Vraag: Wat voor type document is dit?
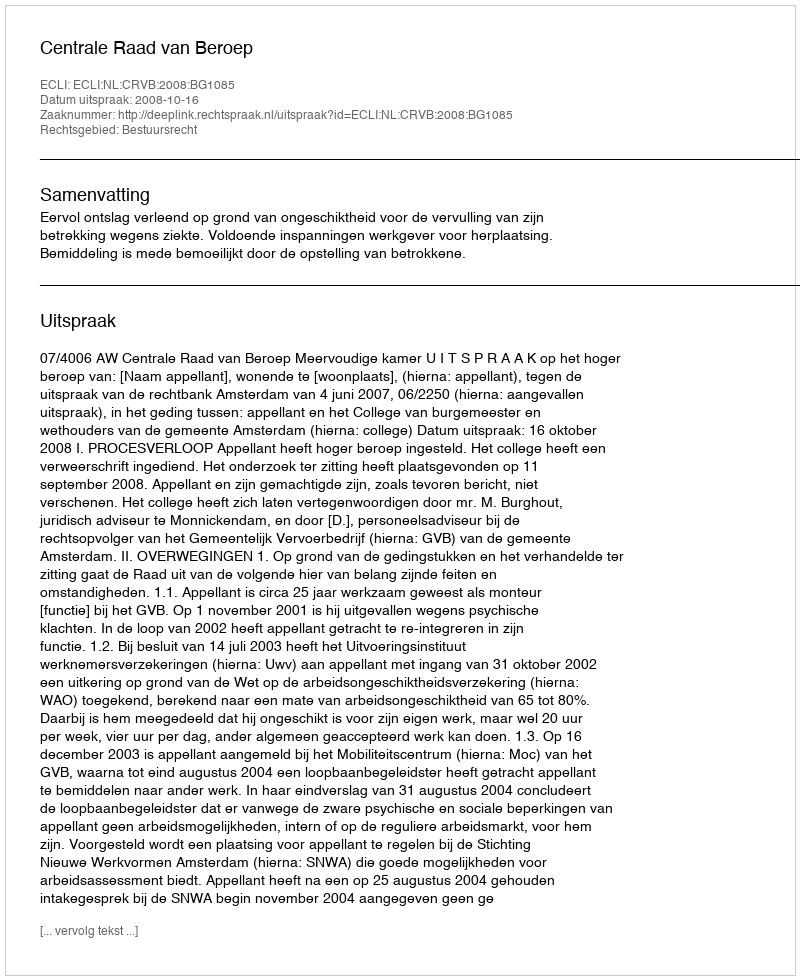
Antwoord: Uitspraak